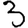
Digit: 3